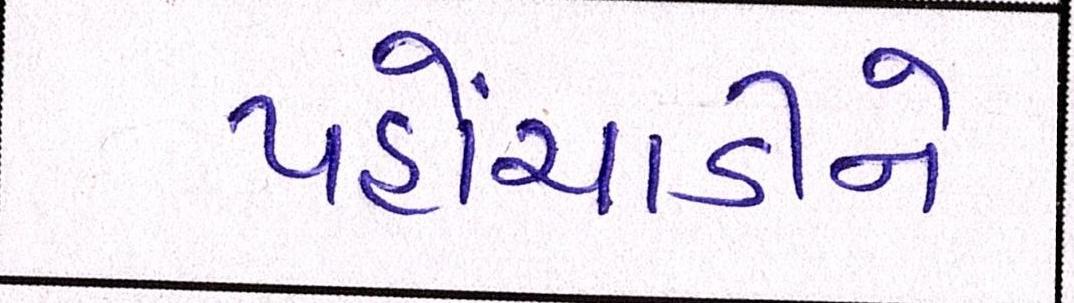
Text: પહોંચાડીને